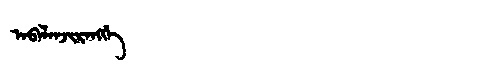
Manchu: ᠠᠪᠠᠯᠠᠨᠵᡳᡵᠠᠩᡤᡝ
Romanization: ABALANJIRANGGE